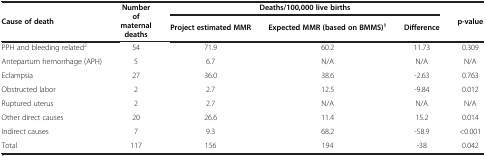
<table><thead><tr><td rowspan="2"><b>Cause of death</b></td><td rowspan="2"><b>Number of maternal deaths</b></td><td colspan="3"><b>Deaths/100,000 live births</b></td><td rowspan="2"><b>p-value</b></td></tr><tr><td><b>Project estimated MMR</b></td><td><b>Expected MMR (based on BMMS)<sup>1</sup></b></td><td><b>Difference</b></td></tr></thead><tbody><tr><td>PPH and bleeding related<sup>2</sup></td><td>54</td><td>71.9</td><td>60.2</td><td>11.73</td><td>0.309</td></tr><tr><td>Antepartum hemorrhage (APH)</td><td>5</td><td>6.7</td><td>N/A</td><td>N/A</td><td>N/A</td></tr><tr><td>Eclampsia</td><td>27</td><td>36.0</td><td>38.6</td><td>-2.63</td><td>0.763</td></tr><tr><td>Obstructed labor</td><td>2</td><td>2.7</td><td>12.5</td><td>-9.84</td><td>0.012</td></tr><tr><td>Ruptured uterus</td><td>2</td><td>2.7</td><td>N/A</td><td>N/A</td><td>N/A</td></tr><tr><td>Other direct causes</td><td>20</td><td>26.6</td><td>11.4</td><td>15.2</td><td>0.014</td></tr><tr><td>Indirect causes</td><td>7</td><td>9.3</td><td>68.2</td><td>-58.9</td><td>&lt;0.001</td></tr><tr><td>Total</td><td>117</td><td>156</td><td>194</td><td>-38</td><td>0.042</td></tr></tbody></table>